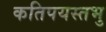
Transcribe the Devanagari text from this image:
कतिपयस्तभु